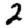
Digit: 2